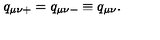
q _ { \mu \nu + } = q _ { \mu \nu - } \equiv q _ { \mu \nu } .